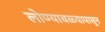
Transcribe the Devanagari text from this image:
लोण्यावळ्यापासून